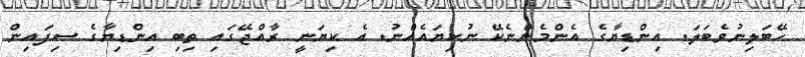
ހޭބަލިނުވެބަލަ. އިންޑިޔާގެ އެންމެންނެކޭ ނުކިޔައެއްނު. އެ ކިޔަނީ ރާއްޖޭގައި ތިބި އިންޑިޔާގެ ސިފައިން